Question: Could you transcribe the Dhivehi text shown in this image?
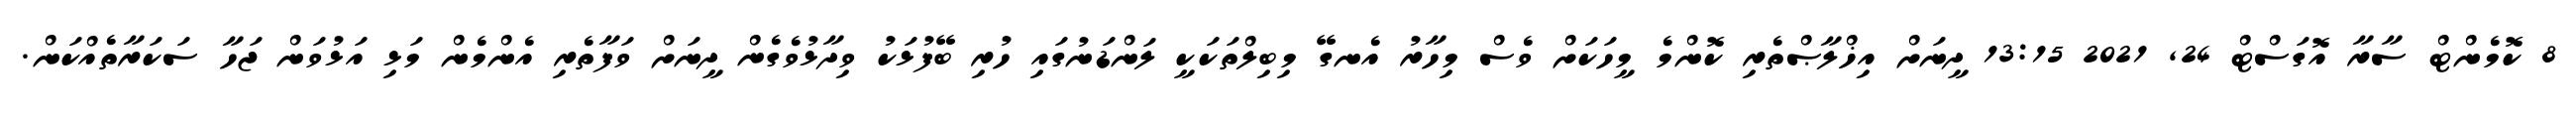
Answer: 8 ކޮމެންޓް ސާރާ އޮގަސްޓް 24, 2021 13:15 ދީނަށް އިޚްލާޞްތެރި ކޮންމެ މީހަކަށް ވެސް މިހާރު އެނގޭ މިބިލްތަކަކީ ލަންޑަނުގައި ހުރި ބޭފުޅަކު ވިދާޅުވެގެން ދީނަށް ވަފާތެރި އެންމެން މަޅި އަޅުވަން ޖަހާ ސަކަރާތެއްކަން.